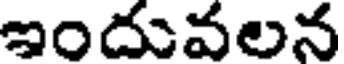
ఇందువలన